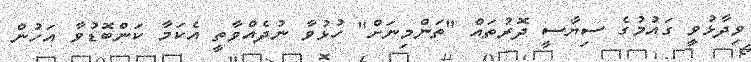
ވިދާޅުވީ ގައުމުގެ ސިޔާސީ ދޮރުތައް "ތަންމިނަށް" ހުޅުވާ ނުދެއްވާތީ އެކަމާ ކަންބޮޑުވާ އަހުން